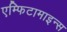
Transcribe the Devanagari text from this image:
एम्फिटामाइन्स